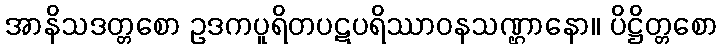
အာနိသဒတ္တစော ဥဒကပူရိတပဋပရိဿာဝနသဏ္ဌာနော။ ပိဋ္ဌိတ္တစော